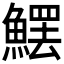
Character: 𩺩